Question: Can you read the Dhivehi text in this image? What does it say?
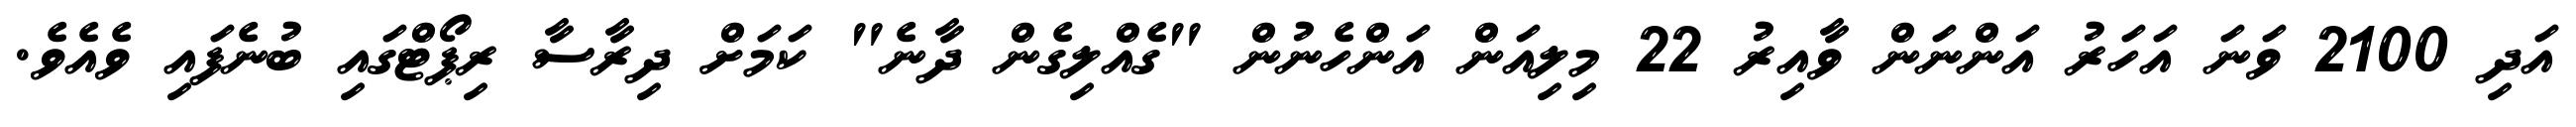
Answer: އަދި 2100 ވަނަ އަހަރު އަންނަން ވާއިރު 22 މިލިއަން އަންހެނުން "ގެއްލިގެން ދާނެ" ކަމަށް ދިރާސާ ރިޕޯޓްގައި ބުނެފައި ވެއެވެ.